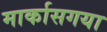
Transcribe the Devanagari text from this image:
मार्कासगया